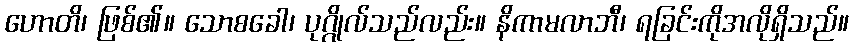
ဟောတိ၊ ဖြစ်၏။ သောစခေါ၊ ပုဂ္ဂိုလ်သည်လည်း။ နိကာမလာဘီ၊ ရခြင်းကိုအလိုရှိသည်။